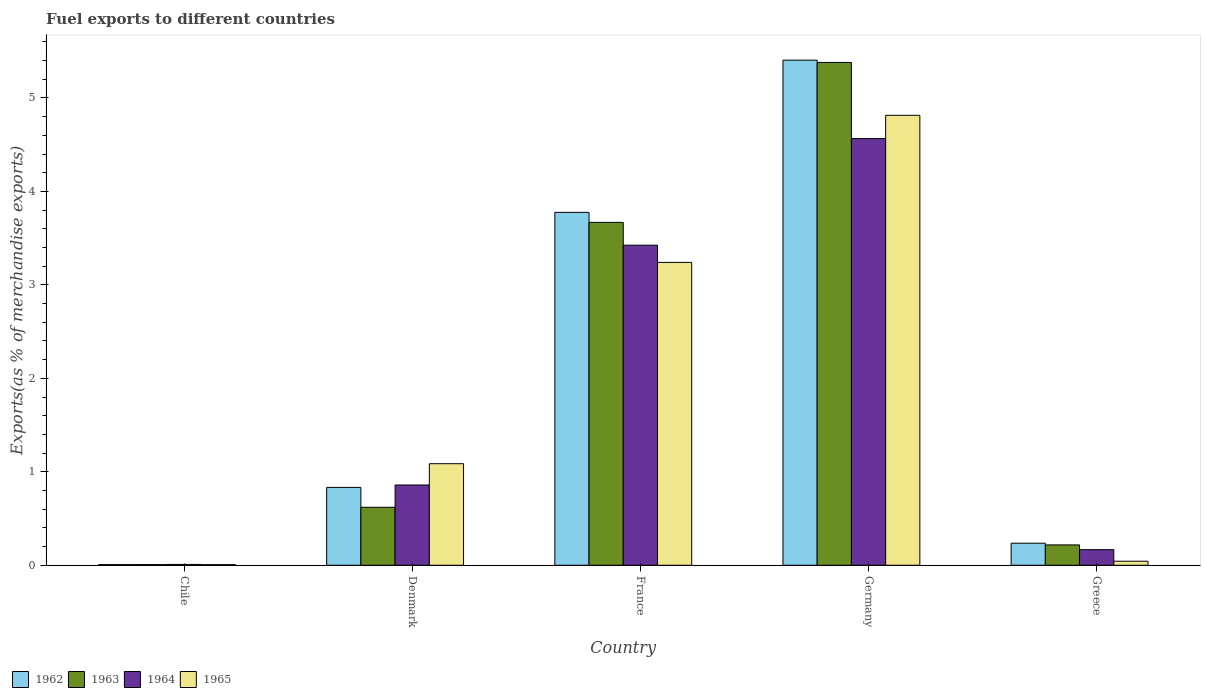
| Country | 1962 | 1963 | 1964 | 1965 |
 | --- | --- | --- | --- | --- |
 | Chile | 0.00701 | 0.00708 | 0.00893 | 0.00676 |
 | Denmark | 0.833 | 0.62 | 0.859 | 1.09 |
 | France | 3.78 | 3.67 | 3.43 | 3.24 |
 | Germany | 5.4 | 5.38 | 4.57 | 4.81 |
 | Greece | 0.236 | 0.218 | 0.167 | 0.0434 |